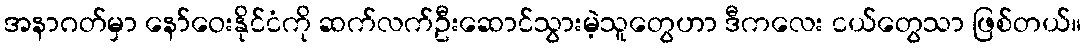
အနာဂတ်မှာ နော်ဝေးနိုင်ငံကို ဆက်လက်ဦးဆောင်သွားမဲ့သူတွေဟာ ဒီကလေး ငယ်တွေသာ ဖြစ်တယ်။